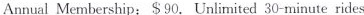
Annual Membership: $90. Unlimited 30-minute rides